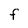
Character: F